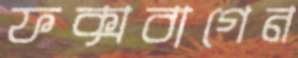
ফক্সবাগেন